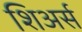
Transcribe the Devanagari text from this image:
शिअर्स